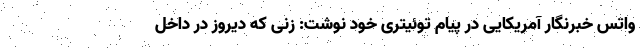
واتس خبرنگار آمریکایی در پیام توئیتری خود نوشت: زنی که دیروز در داخل